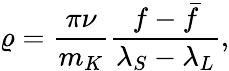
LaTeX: \varrho={\frac{\pi\nu}{m_{K}}}{\frac{f-\bar{f}}{\lambda_{S}-\lambda_{L}}},